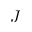
J